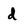
Character: d